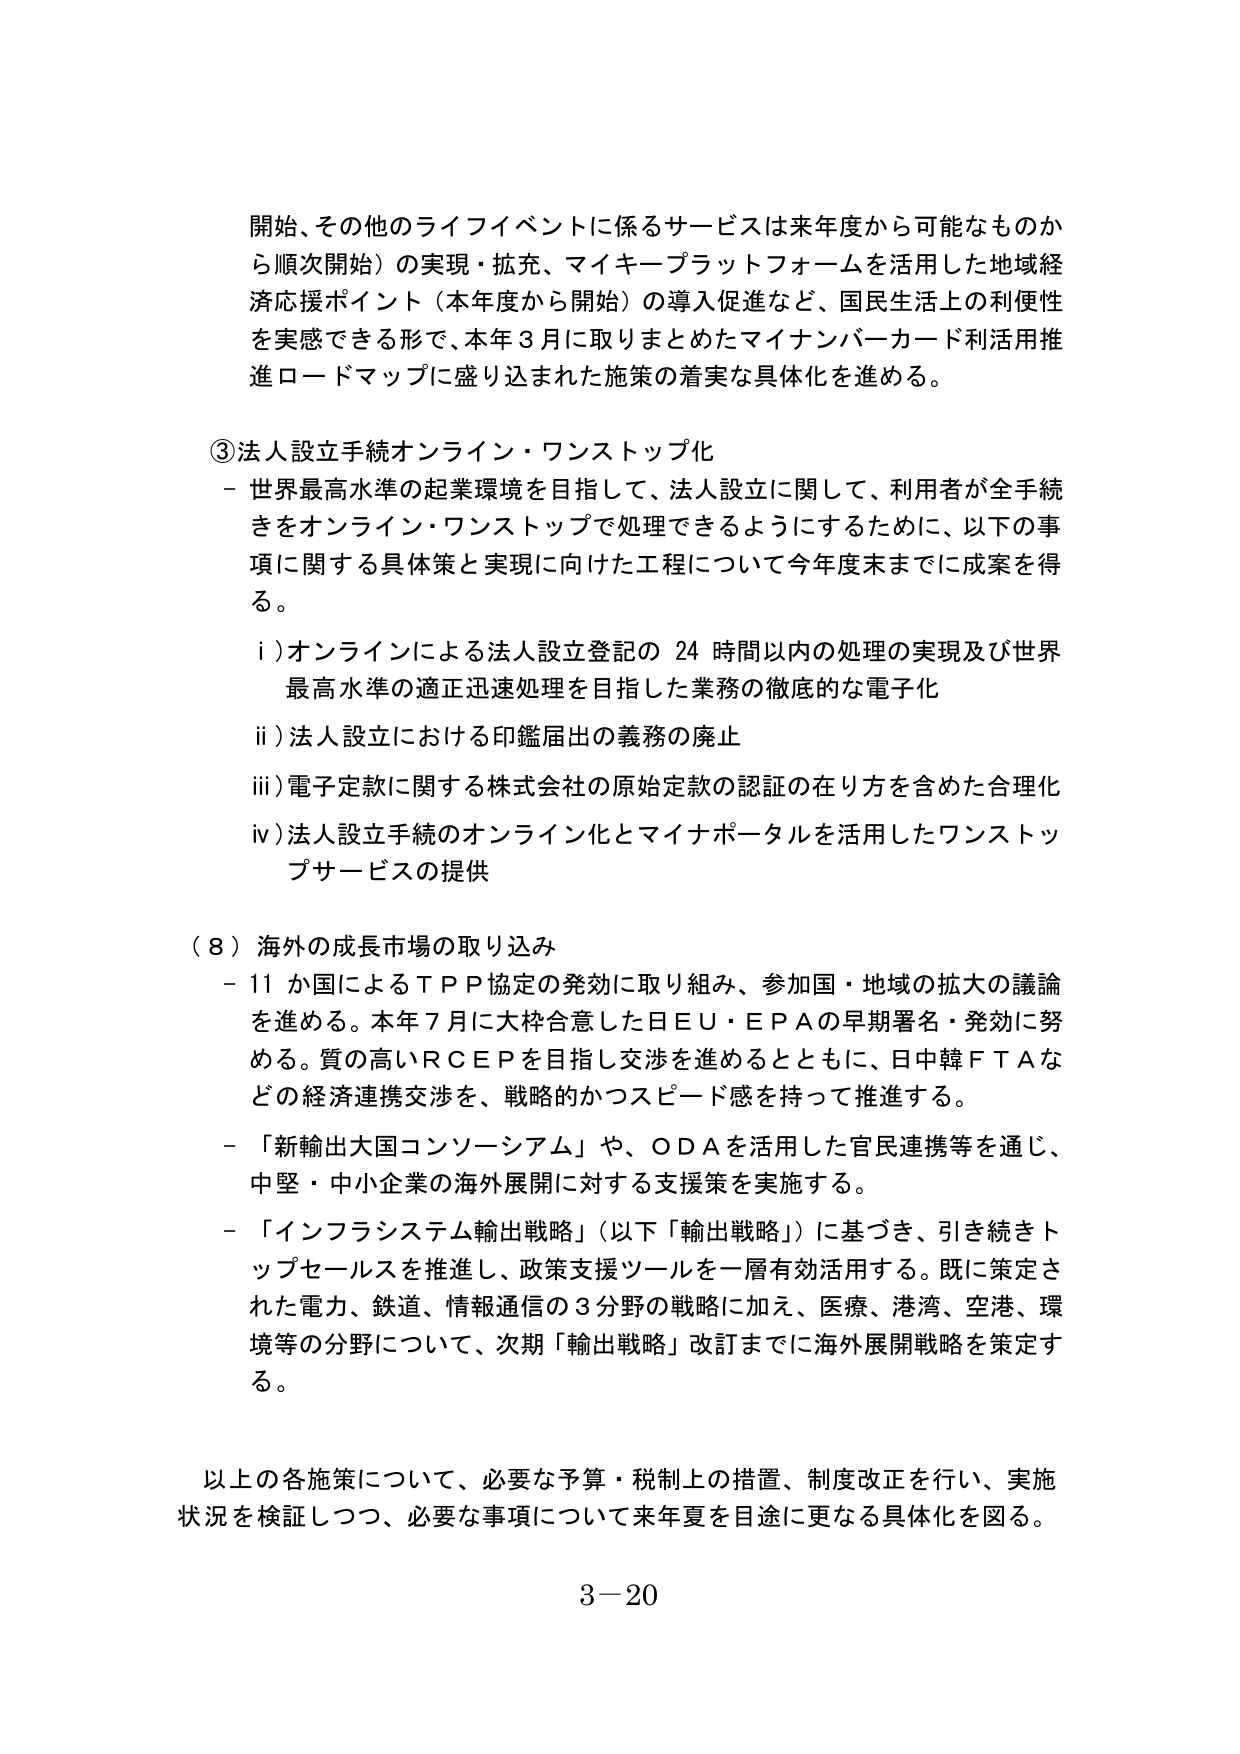
開始、その他のライフイベントに係るサービスは来年度から可能なものから順次開始）の実現・拡充、マイキー・プラットフォームを活用した地域経済応援ポイント（本年度から開始）の導入促進など、国民生活上の利便性を実感できる形で、本年3月に取りまとめたマイナンバーカード利活用推進ロードマップに盛り込まれた施策の着実な具体化を進める。

③法人設立手続オンライン・ワンストップ化
－世界最高水準の起業環境を目指して、法人設立に関して、利用者が全手続きをオンライン・ワンストップで処理できるようにするために、以下の事項に関する具体策と実現に向けた工程について今年度末までに成案を得る。
　i）オンラインによる法人設立登記の24時間以内の処理の実現及び世界最高水準の適正迅速処理を目指した業務の徹底的な電子化
　ii）法人設立における印鑑届出の義務の廃止
　iii）電子定款に関する株式会社の原始定款の認証の在り方を含めた合理化
　iv）法人設立手続のオンライン化とマイナポータルを活用したワンストップサービスの提供

（8）海外の成長市場の取り込み
－11か国によるTPP協定の発効に取り組み、参加国・地域の拡大の議論を進める。本年7月に大枠合意した日EU・EPAの早期署名・発効に努める。質の高いRCEPを目指し交渉を進めるとともに、日中韓FTAなどの経済連携交渉を、戦略的かつスピード感を持って推進する。
－「新輸出大国コンソーシアム」や、ODAを活用した官民連携等を通じ、中堅・中小企業の海外展開に対する支援策を実施する。
－「インフラシステム輸出戦略」（以下「輸出戦略」）に基づき、引き続きトップセールスを推進し、政策支援ツールを一層有効活用する。既に策定された電力、鉄道、情報通信の3分野の戦略に加え、医療、港湾、空港、環境等の分野について、次期「輸出戦略」改訂までに海外展開戦略を策定する。

以上の各施策について、必要な予算・税制上の措置、制度改正を行い、実施状況を検証しつつ、必要な事項について来年夏を目途に更なる具体化を図る。

3－20